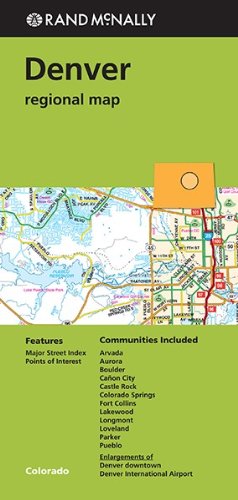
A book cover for Rand McNally Denver Colorado Regional Map (Green Cover); Rand McNally; Travel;